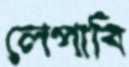
লেপাবি